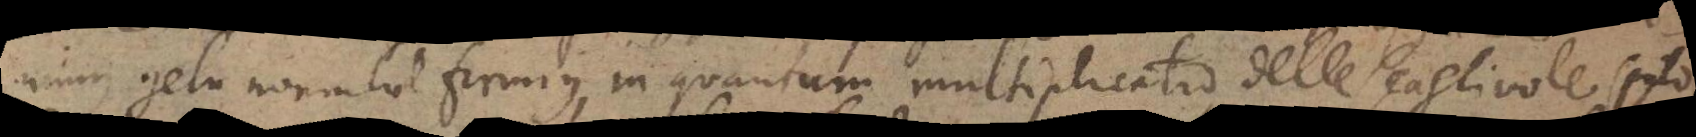
nimus gelu nonnihil firmius, in quantum multiplicatio delle scagliuole (puto